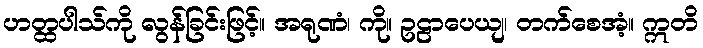
ဟတ္ထပါသ်ကို လွန်ခြင်းဖြင့်။ အရုဏံ၊ ကို။ ဥဠာပေယျ၊ တက်စေအံ့။ ဣတိ